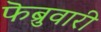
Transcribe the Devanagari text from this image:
फॆब्रुवारी